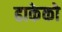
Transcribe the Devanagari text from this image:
ढाकेको